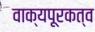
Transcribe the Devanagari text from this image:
वाक्यपूरकत्व